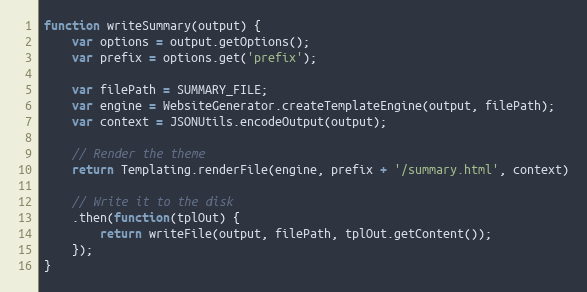
Language: JavaScript
function writeSummary(output) {
    var options = output.getOptions();
    var prefix = options.get('prefix');

    var filePath = SUMMARY_FILE;
    var engine = WebsiteGenerator.createTemplateEngine(output, filePath);
    var context = JSONUtils.encodeOutput(output);

    // Render the theme
    return Templating.renderFile(engine, prefix + '/summary.html', context)

    // Write it to the disk
    .then(function(tplOut) {
        return writeFile(output, filePath, tplOut.getContent());
    });
}